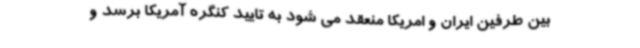
بین طرفین ایران و امریکا منعقد می شود به تایید کنگره آمریکا برسد و